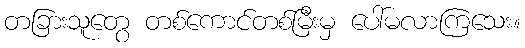
တခြားသူတွေ တစ်ကောင်တစ်မြီးမှ ပေါ်မလာကြသေး။